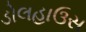
ડોલહાઉસ